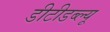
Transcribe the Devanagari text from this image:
डीटीडब्ल्यू